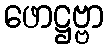
ဖောဋ္ဌဗ္ဗာ